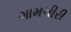
ગામગીરી